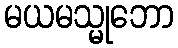
မယမသ္မုဘော